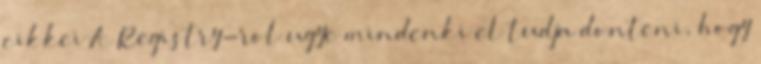
cikkei A Registry-rol ugye mindenki el tudja donteni, hogy